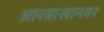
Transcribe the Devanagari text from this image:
आस्त्राखानवर